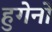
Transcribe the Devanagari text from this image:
हुगेनो